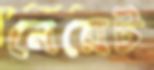
নেয়েট